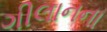
ગીલાનના